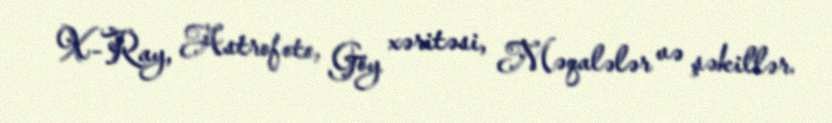
X-Ray, Astrofoto, Göy xəritəsi, Məqalələr və şəkillər.